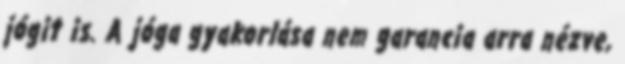
jógit is. A jóga gyakorlása nem garancia arra nézve,